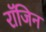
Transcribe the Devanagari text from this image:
रॉजिन